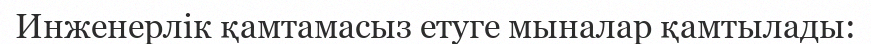
Инженерлік қамтамасыз етуге мыналар қамтылады: